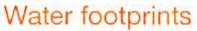
Water footprints